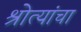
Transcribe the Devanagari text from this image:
श्रोत्यांचा